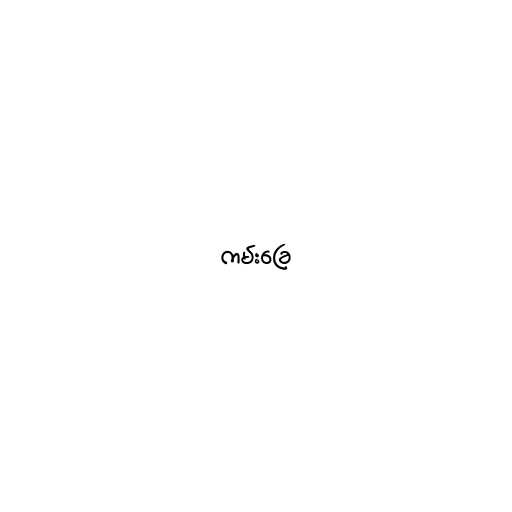
ကမ်းခြေ